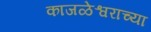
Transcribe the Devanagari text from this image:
काजळेश्वराच्या